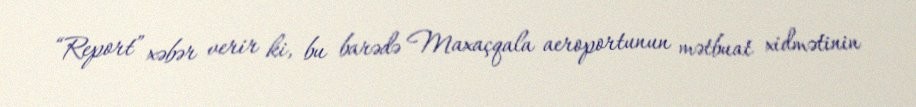
“Report” xəbər verir ki, bu barədə Maxaçqala aeroportunun mətbuat xidmətinin